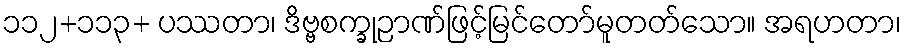
၁၁၂+၁၁၃+ ပဿတာ၊ ဒိဗ္ဗစက္ခုဉာဏ်ဖြင့်မြင်တော်မူတတ်သော။ အရဟတာ၊